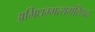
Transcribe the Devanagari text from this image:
अभिधम्मत्थगंठिपद